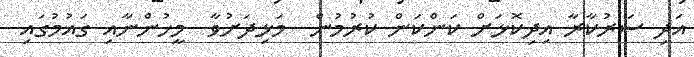
އަދި ސަރުކާރާ އިދިކޮޅަށް ކަންކަން ކުރުމުން  މަޅިދަށުވާ  މީހުންނާއި ގައުމުގައި